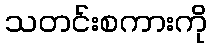
သတင်းစကားကို